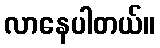
လာနေပါတယ်။